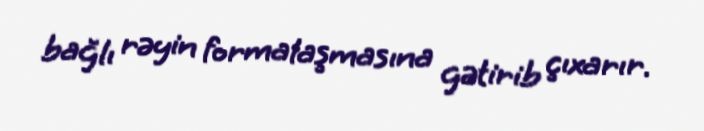
bağlı rəyin formalaşmasına gətirib çıxarır.